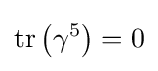
\operatorname {tr} \left(\gamma ^{5}\right)=0